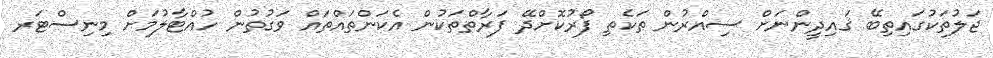
ޖަލުތަކުގައިތިބޭ ޤައިދީންނަށް ސިއްރުން ތަކެތި ފޯރުކޮށްދޭ ފަރާތްތަކުން އެކަންތައްތައް ވަގުތުން ހުއްޓާލުމަށް މިނިސްޓަރ